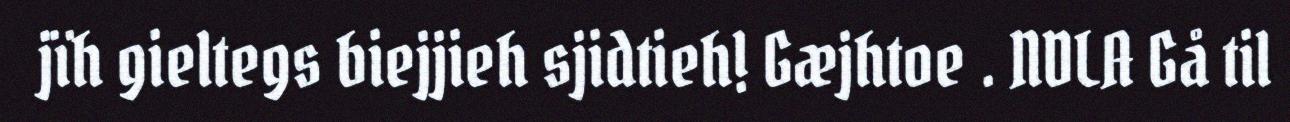
jïh gieltegs biejjieh sjidtieh! Gæjhtoe . NDLA Gå til